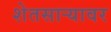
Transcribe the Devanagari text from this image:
शेतसाऱ्यावर